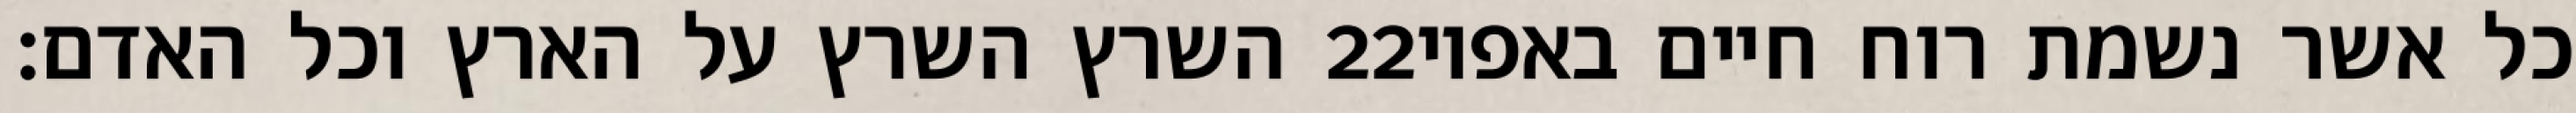
השרץ השרץ על הארץ וכל האדם׃ ‎22‏ כל אשר נשמת רוח חיים באפיו